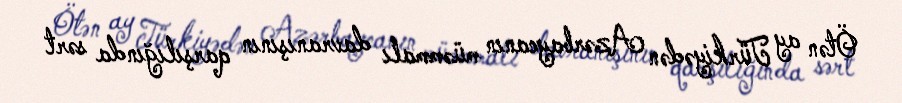
Ötən ay Türkiyədən Azərbaycanın müəmmalı davranışının qarşılığında sərt